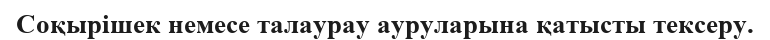
Соқырішек немесе талаурау ауруларына қатысты тексеру.